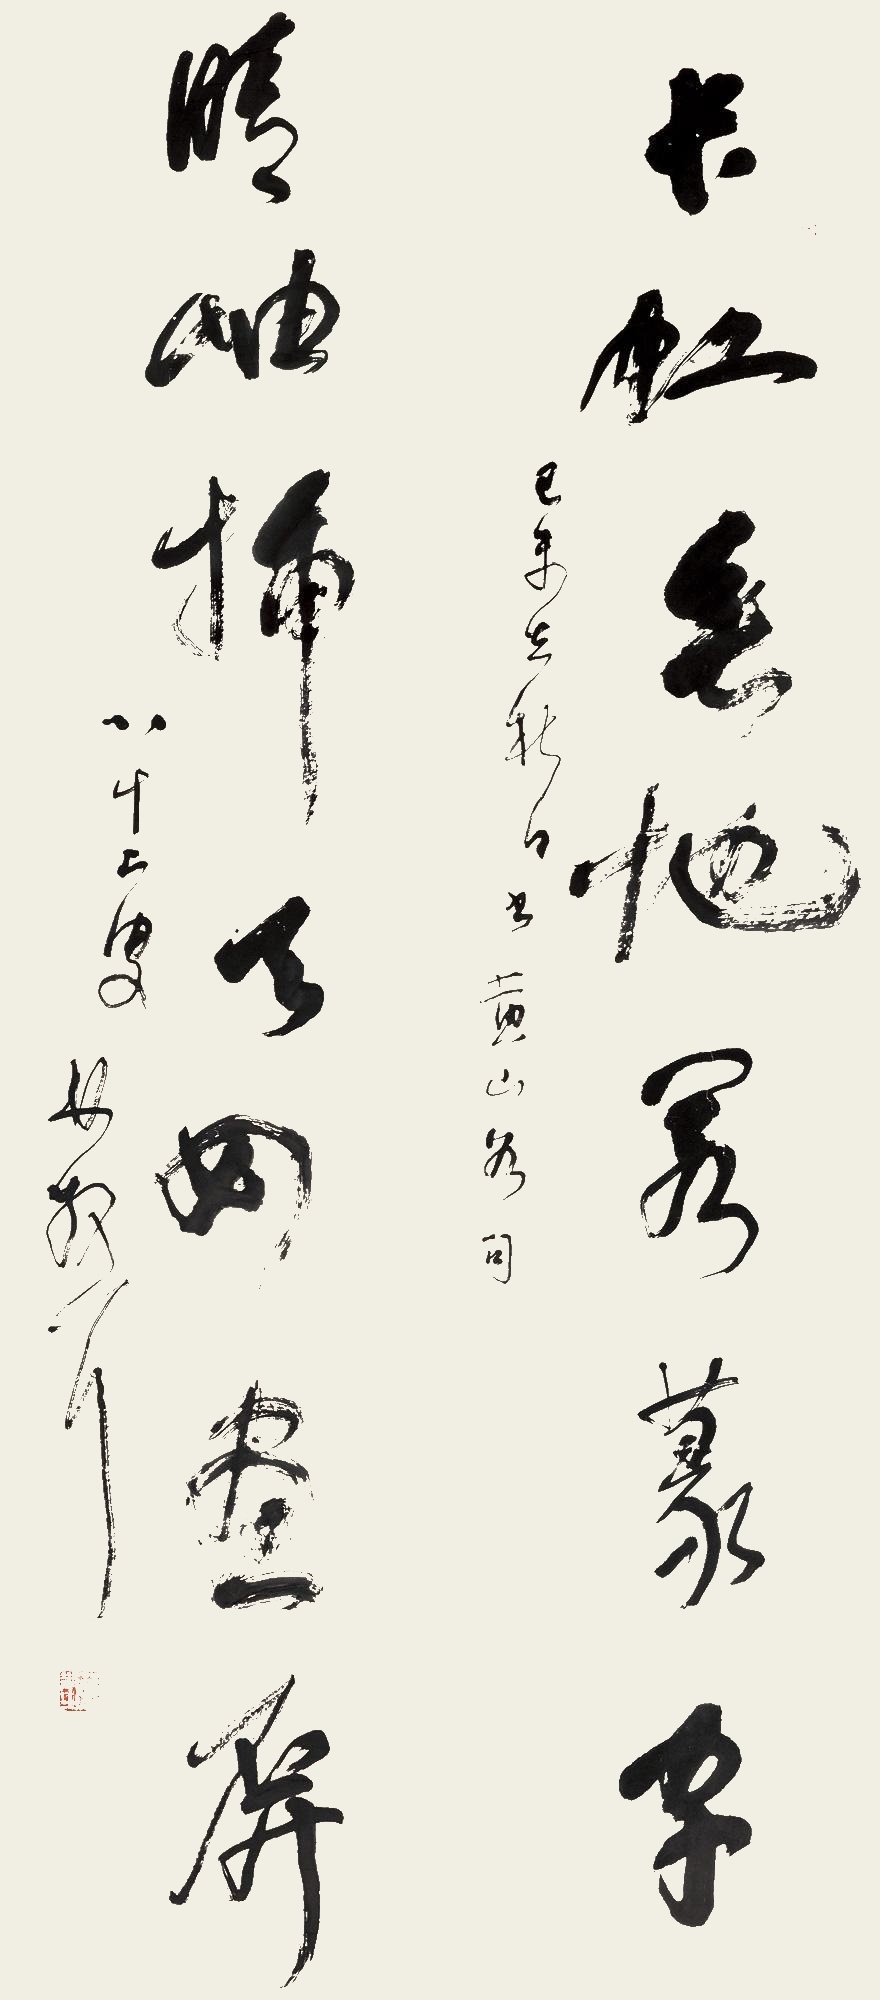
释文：长虹垂地若篆字，晴岫插天如画屏。己未立秋日，书黄山谷句，八十二叟林散耳。